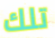
تلك